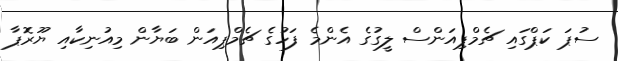
ސުޕަ ކަޕްގައި ޗެމްޕިއަންސް ލީގުގެ އެންމެ ފަހުގެ ޗެމްޕިއަން ބަޔާން މިއުނިކާއި ޔޫރޮޕާ